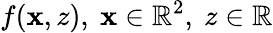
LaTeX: f(\mathbf{x},z),~\mathbf{x}\in\mathbb{R}^{2},~z\in\mathbb R